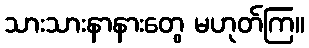
သားသားနာနားတွေ မဟုတ်ကြ။